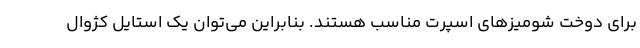
برای دوخت شومیزهای اسپرت مناسب هستند. بنابراین می‌توان یک استایل کژوال